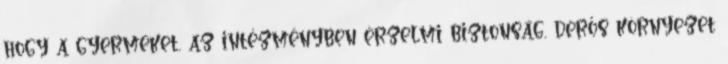
hogy a gyermeket, az intézményben érzelmi biztonság, derős környezet